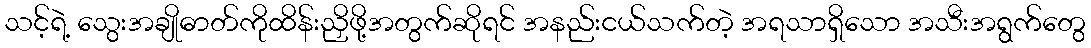
သင့်ရဲ့ သွေးအချိုဓာတ်ကိုထိန်းညှိဖို့အတွက်ဆိုရင် အနည်းငယ်သက်တဲ့ အရသာရှိသော အသီးအရွက်တွေ